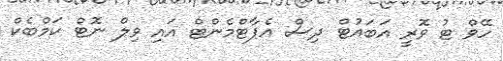
ހޭވް ޓު ވޮރީ އަބައުޓް ދިސް އެޕާޓްމެންޓް އައި ވިލް ނޮޓް ކަމްބެކް